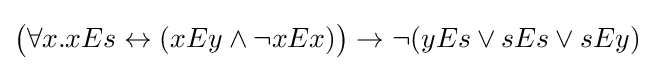
{\big (}\forall x.xEs\leftrightarrow (xEy\land \neg xEx){\big )}\to \neg (yEs\lor sEs\lor sEy)